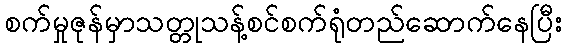
စက်မှုဇုန်မှာသတ္တုသန့်စင်စက်ရုံတည်ဆောက်နေပြီး